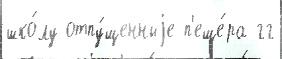
шко́лу отпу́щенныjе п'еще́ра гг